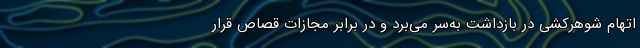
اتهام شوهرکشی در بازداشت به‌سر می‌برد و در برابر مجازات قصاص قرار